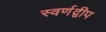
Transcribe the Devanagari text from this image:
स्वर्णद्वीप